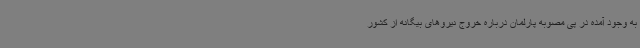
به وجود آمده در پی مصوبه پارلمان درباره خروج نیروهای بیگانه از کشور